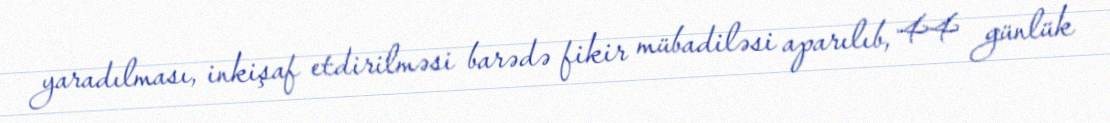
yaradılması, inkişaf etdirilməsi barədə fikir mübadiləsi aparılıb, 44 günlük